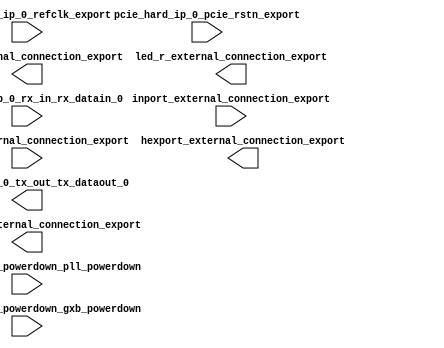

module pcihellocore (
	buttons_external_connection_export,
	hex_display_external_connection_export,
	hexport_external_connection_export,
	inport_external_connection_export,
	led_g_external_connection_export,
	led_r_external_connection_export,
	pcie_hard_ip_0_pcie_rstn_export,
	pcie_hard_ip_0_powerdown_pll_powerdown,
	pcie_hard_ip_0_powerdown_gxb_powerdown,
	pcie_hard_ip_0_refclk_export,
	pcie_hard_ip_0_rx_in_rx_datain_0,
	pcie_hard_ip_0_tx_out_tx_dataout_0);	

	input	[31:0]	buttons_external_connection_export;
	output	[31:0]	hex_display_external_connection_export;
	output	[31:0]	hexport_external_connection_export;
	input	[15:0]	inport_external_connection_export;
	output	[31:0]	led_g_external_connection_export;
	output	[31:0]	led_r_external_connection_export;
	input		pcie_hard_ip_0_pcie_rstn_export;
	input		pcie_hard_ip_0_powerdown_pll_powerdown;
	input		pcie_hard_ip_0_powerdown_gxb_powerdown;
	input		pcie_hard_ip_0_refclk_export;
	input		pcie_hard_ip_0_rx_in_rx_datain_0;
	output		pcie_hard_ip_0_tx_out_tx_dataout_0;
endmodule